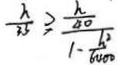
\frac { h } { 3 5 } \geq \frac { \frac { h } { 4 0 } } { 1 - \frac { h ^ { 2 } } { 6 0 0 0 } }